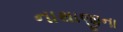
નાથાજીના